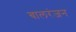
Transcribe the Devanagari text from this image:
बालरंजन